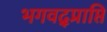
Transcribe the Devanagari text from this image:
भगवद्प्राप्ति